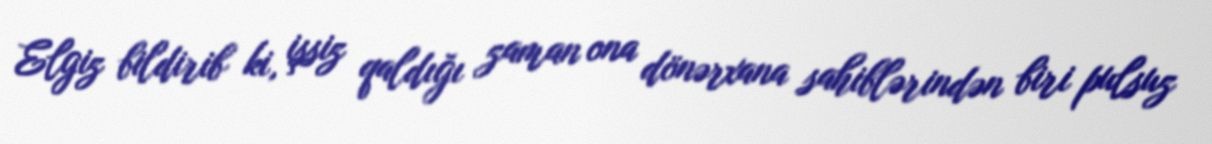
Elgiz bildirib ki, işsiz qaldığı zaman ona dönərxana sahiblərindən biri pulsuz